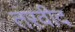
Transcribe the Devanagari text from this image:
तरवीद